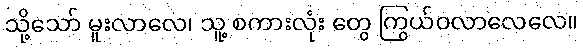
သို့သော် မူးလာလေ၊ သူ့ စကားလုံး တွေ ကြွယ်ဝလာလေလေ။